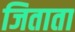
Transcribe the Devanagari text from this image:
जिताता